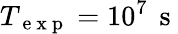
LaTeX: T_{\mathrm{~e~x~p~}}=10^{7}\, \mathrm{~s~}